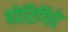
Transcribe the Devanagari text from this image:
पोरिगिरे